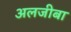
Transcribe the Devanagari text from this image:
अलजीबा